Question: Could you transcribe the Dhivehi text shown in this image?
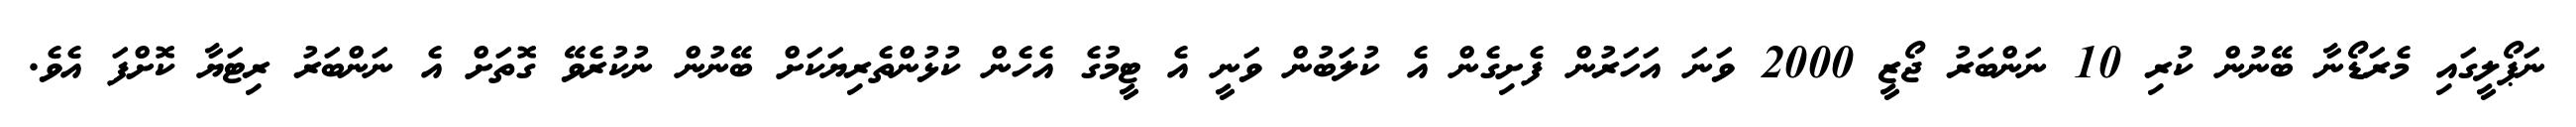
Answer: ނަޕޯލީގައި މެރަޑޯނާ ބޭނުން ކުރި 10 ނަންބަރު ޖޯޒީ 2000 ވަނަ އަހަރުން ފެށިގެން އެ ކުލަބުން ވަނީ އެ ޓީމުގެ އެހެން ކުޅުންތެރިޔަކަށް ބޭނުން ނުކުރެވޭ ގޮތަށް އެ ނަންބަރު ރިޓަޔާ ކޮށްފަ އެވެ.